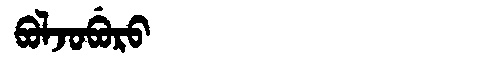
Manchu: ᠪᠣᠯᠵᠣᠪᡠᡵᠣ
Romanization: BOLJOBURO